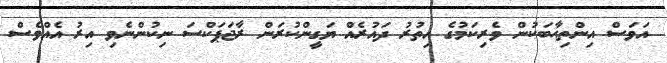
އަވަސް އިންތިޙާބަކުން ވެރިކަމުގެ އިތުރު ދައުރެއް ޔަގީންކުރަން ރާޖަޕަކްސަ ނިކުންނެވި އިރު އެއްވެސް